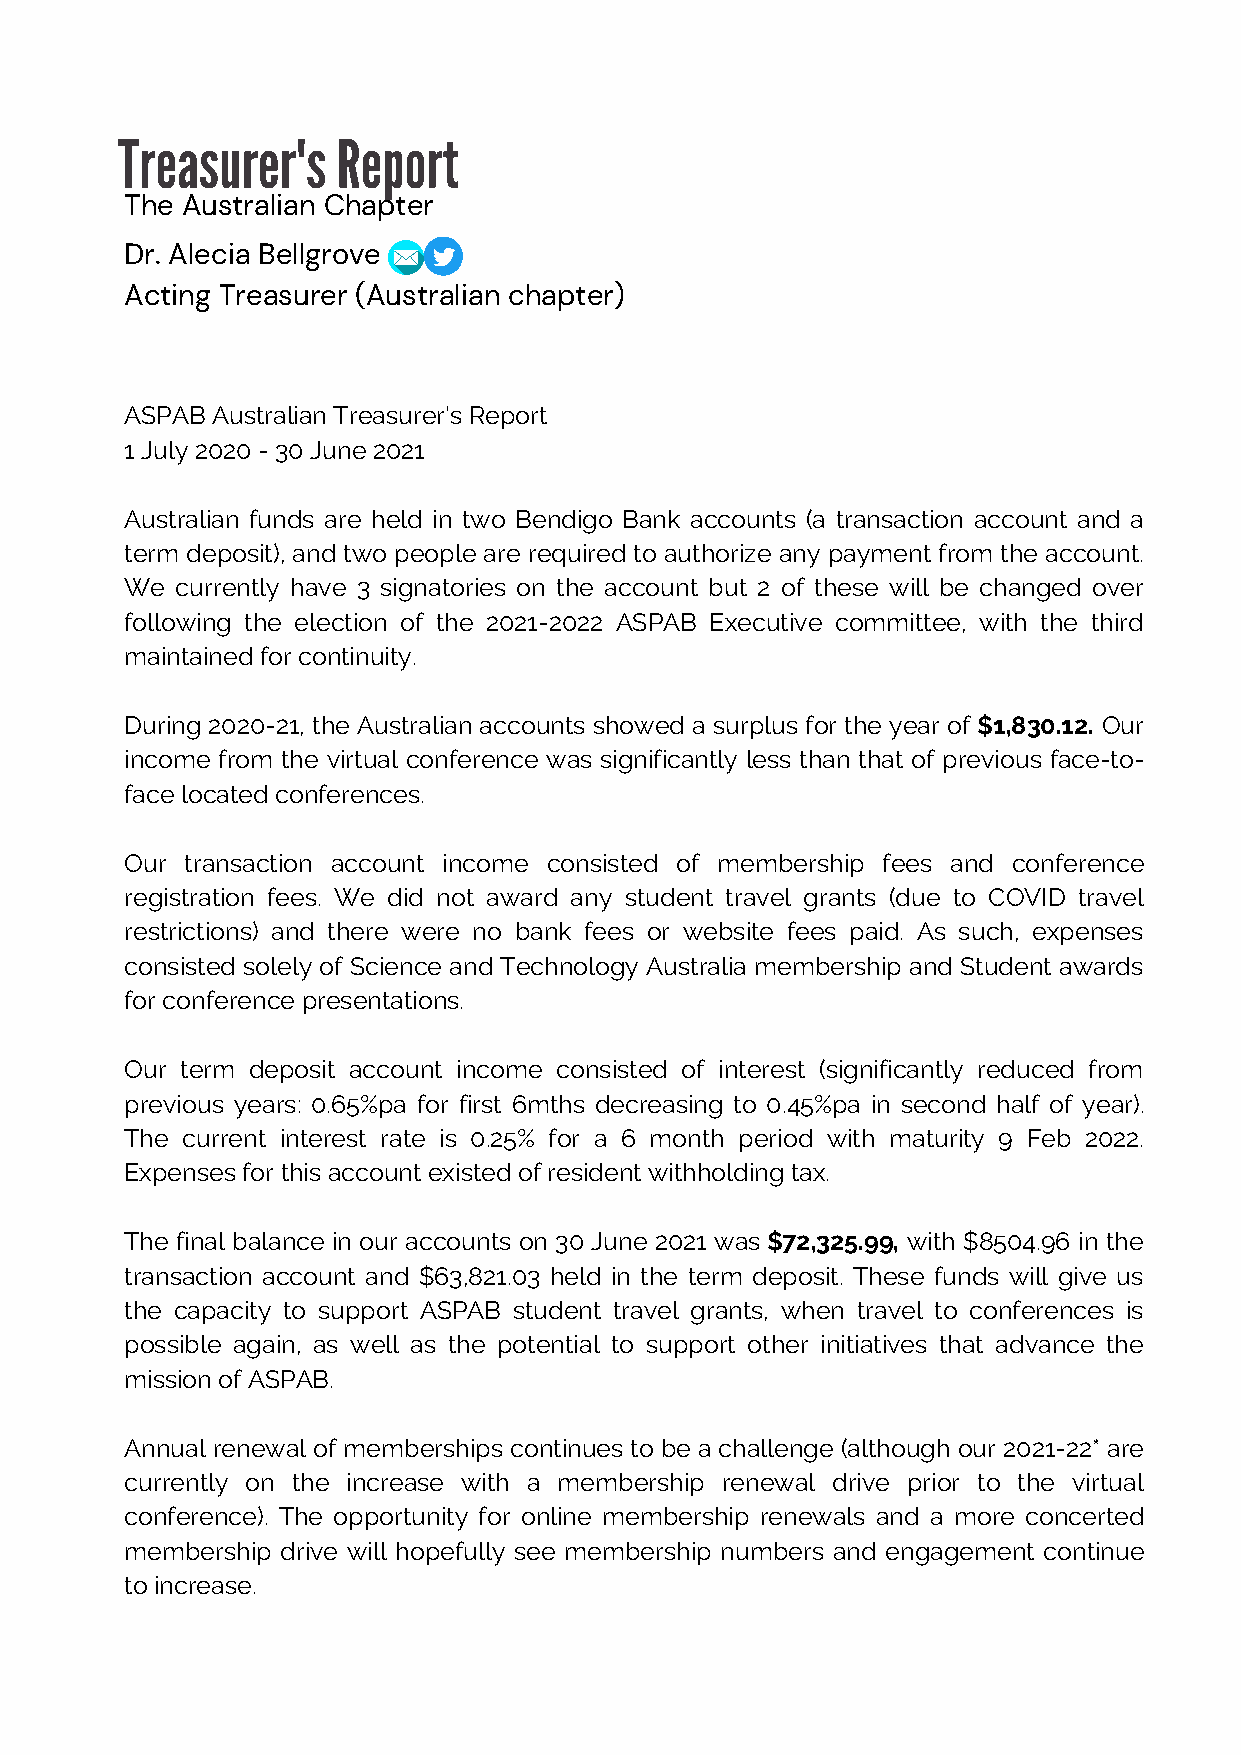
Treasurer's   Report
 The Australian Chapter
 Dr. Alecia Bellgrove
 Acting Treasurer (Australian chapter)
 ASPAB Australian Treasurer’s Report
 1 July 2020 - 30 June 2021
 Australian funds are held in two Bendigo Bank accounts (a transaction account and a
 term deposit), and two people are required to authorize any payment from the account.
 We  currently have 3 signatories on the account but 2 of these will be changed over
 following the election of the 2021-2022 ASPAB Executive committee, with the third
 maintained for continuity.
 During 2020-21, the Australian accounts showed a surplus for the year of $1,830.12. Our
 income from the virtual conference was significantly less than that of previous face-to-
 face located conferences.
 Our transaction account income consisted of membership fees and conference
 registration fees. We did not award any student travel grants (due to COVID travel
 restrictions) and there were no bank fees or website fees paid. As such, expenses
 consisted solely of Science and Technology Australia membership and Student awards
 for conference presentations.
 Our term deposit account income consisted of interest (significantly reduced from
 previous years: 0.65%pa for first 6mths decreasing to 0.45%pa in second half of year).
 The current interest rate is 0.25% for a 6 month period with maturity 9 Feb 2022.
 Expenses for this account existed of resident withholding tax.
 The final balance in our accounts on 30 June 2021 was $72,325.99, with $8504.96 in the
 transaction account and $63,821.03 held in the term deposit. These funds will give us
 the capacity to support ASPAB student travel grants, when travel to conferences is
 possible again, as well as the potential to support other initiatives that advance the
 mission of ASPAB.
 Annual renewal of memberships continues to be a challenge (although our 2021-22* are
 currently on the increase with a membership renewal drive prior to the virtual
 conference). The opportunity for online membership renewals and a more concerted
 membership drive will hopefully see membership numbers and engagement continue
 to increase.